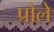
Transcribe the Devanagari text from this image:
प्रोले